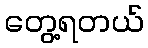
တွေ့ရတယ်